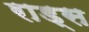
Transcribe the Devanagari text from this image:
राड्स